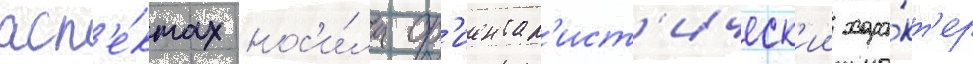
асп'е́ктах нос'и́ла ор'иентал'ист'ическ'ии хара́кт'ер